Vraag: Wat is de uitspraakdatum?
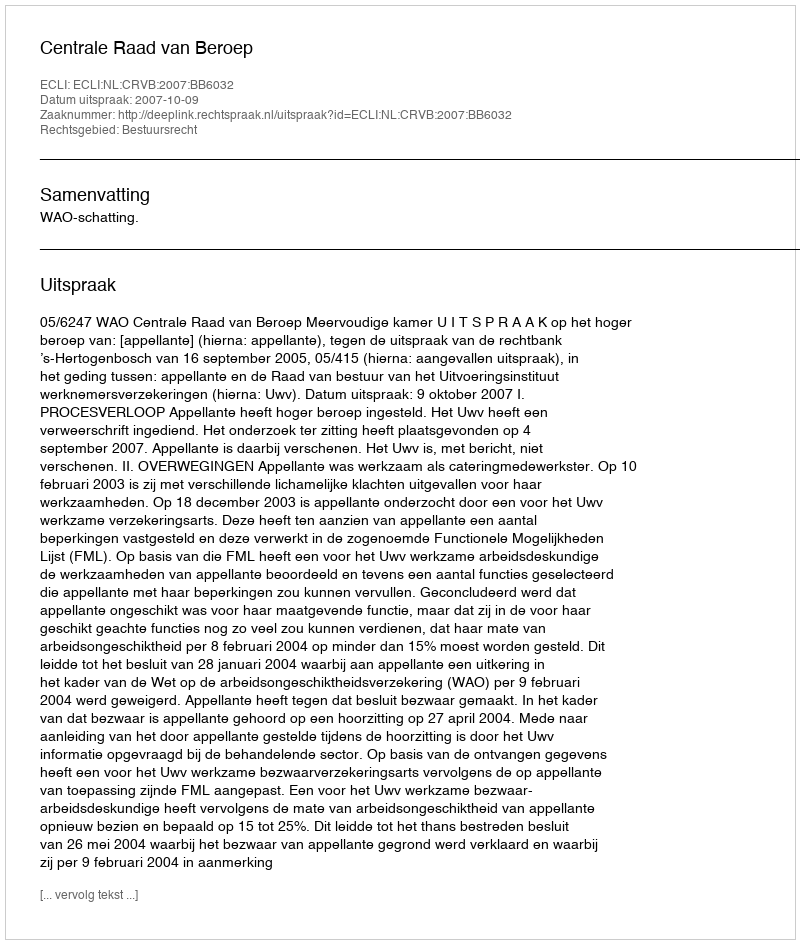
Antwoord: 2007-10-09